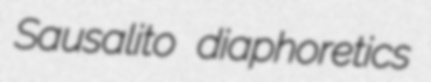
Sausalito diaphoretics